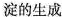
淀的生成